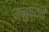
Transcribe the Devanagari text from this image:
मनुष्यने